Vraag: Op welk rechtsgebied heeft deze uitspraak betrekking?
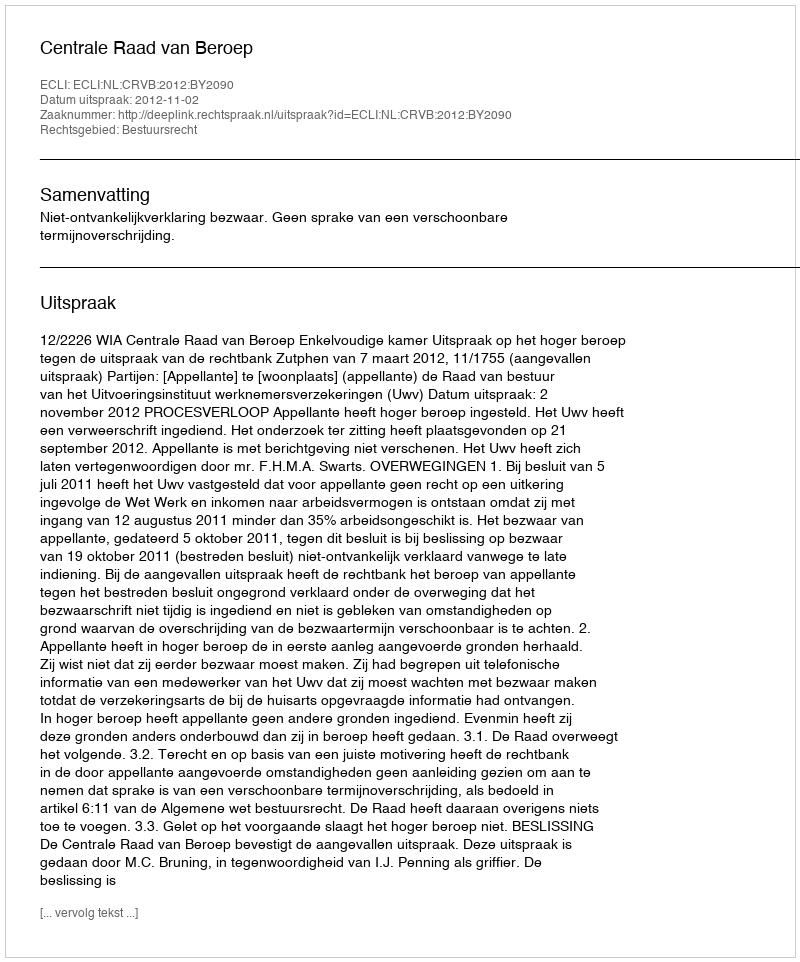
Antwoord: Bestuursrecht